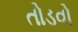
તોડવો